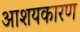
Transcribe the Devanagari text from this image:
आशयकारण